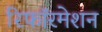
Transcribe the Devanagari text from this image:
रिफॉरमेशन